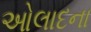
ઓલાદના